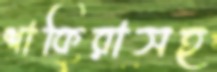
শাকিরাসহ